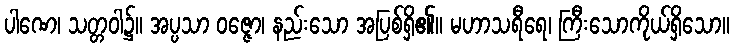
ပါဏေ၊ သတ္တဝါ၌။ အပ္ပသာ ဝဇ္ဇော၊ နည်းသော အပြစ်ရှိ၏။ မဟာသရီရေ၊ ကြီးသောကိုယ်ရှိသော။